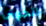
الخوف